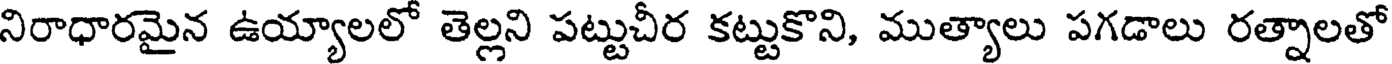
నిరాధారమైన ఉయ్యాలలో తెల్లని పట్టుచీర కట్టుకొని, ముత్యాలు పగడాలు రత్నాలతో